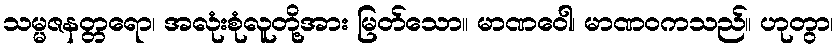
သမ္မဇနတ္တရော၊ အလုံးစုံလူတို့အား မြတ်သော။ မာဏဝေါ၊ မာဏဝကသည်။ ဟုတွာ၊